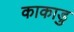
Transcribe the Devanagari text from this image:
काकाडु